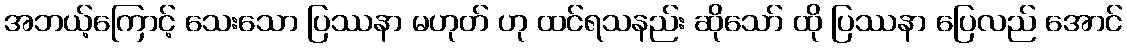
အဘယ့်ကြောင့် သေးသော ပြဿနာ မဟုတ် ဟု ထင်ရသနည်း ဆိုသော် ထို ပြဿနာ ပြေလည် အောင်